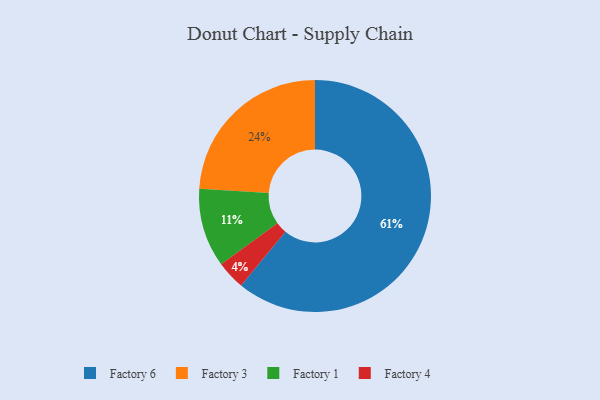
{"axis": {"x": "Category", "y": "Percentage"}, "legend": ["Factory 1", "Factory 3", "Factory 4", "Factory 6"], "data": [{"x": "Factory 3", "y": 24, "type": "Factory 3"}, {"x": "Factory 4", "y": 4, "type": "Factory 4"}, {"x": "Factory 1", "y": 11, "type": "Factory 1"}, {"x": "Factory 6", "y": 61, "type": "Factory 6"}]}